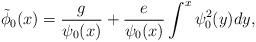
LaTeX: \begin{align*}\tilde\phi_0(x)= \frac{g}{\psi_0(x)}+\frac{e}{\psi_0(x)}\int^x\psi_0^2(y)dy,\end{align*}